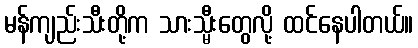
မန်ကျည်းသီးတို့က သားသ္မီးတွေလို့ ထင်နေပါတယ်။